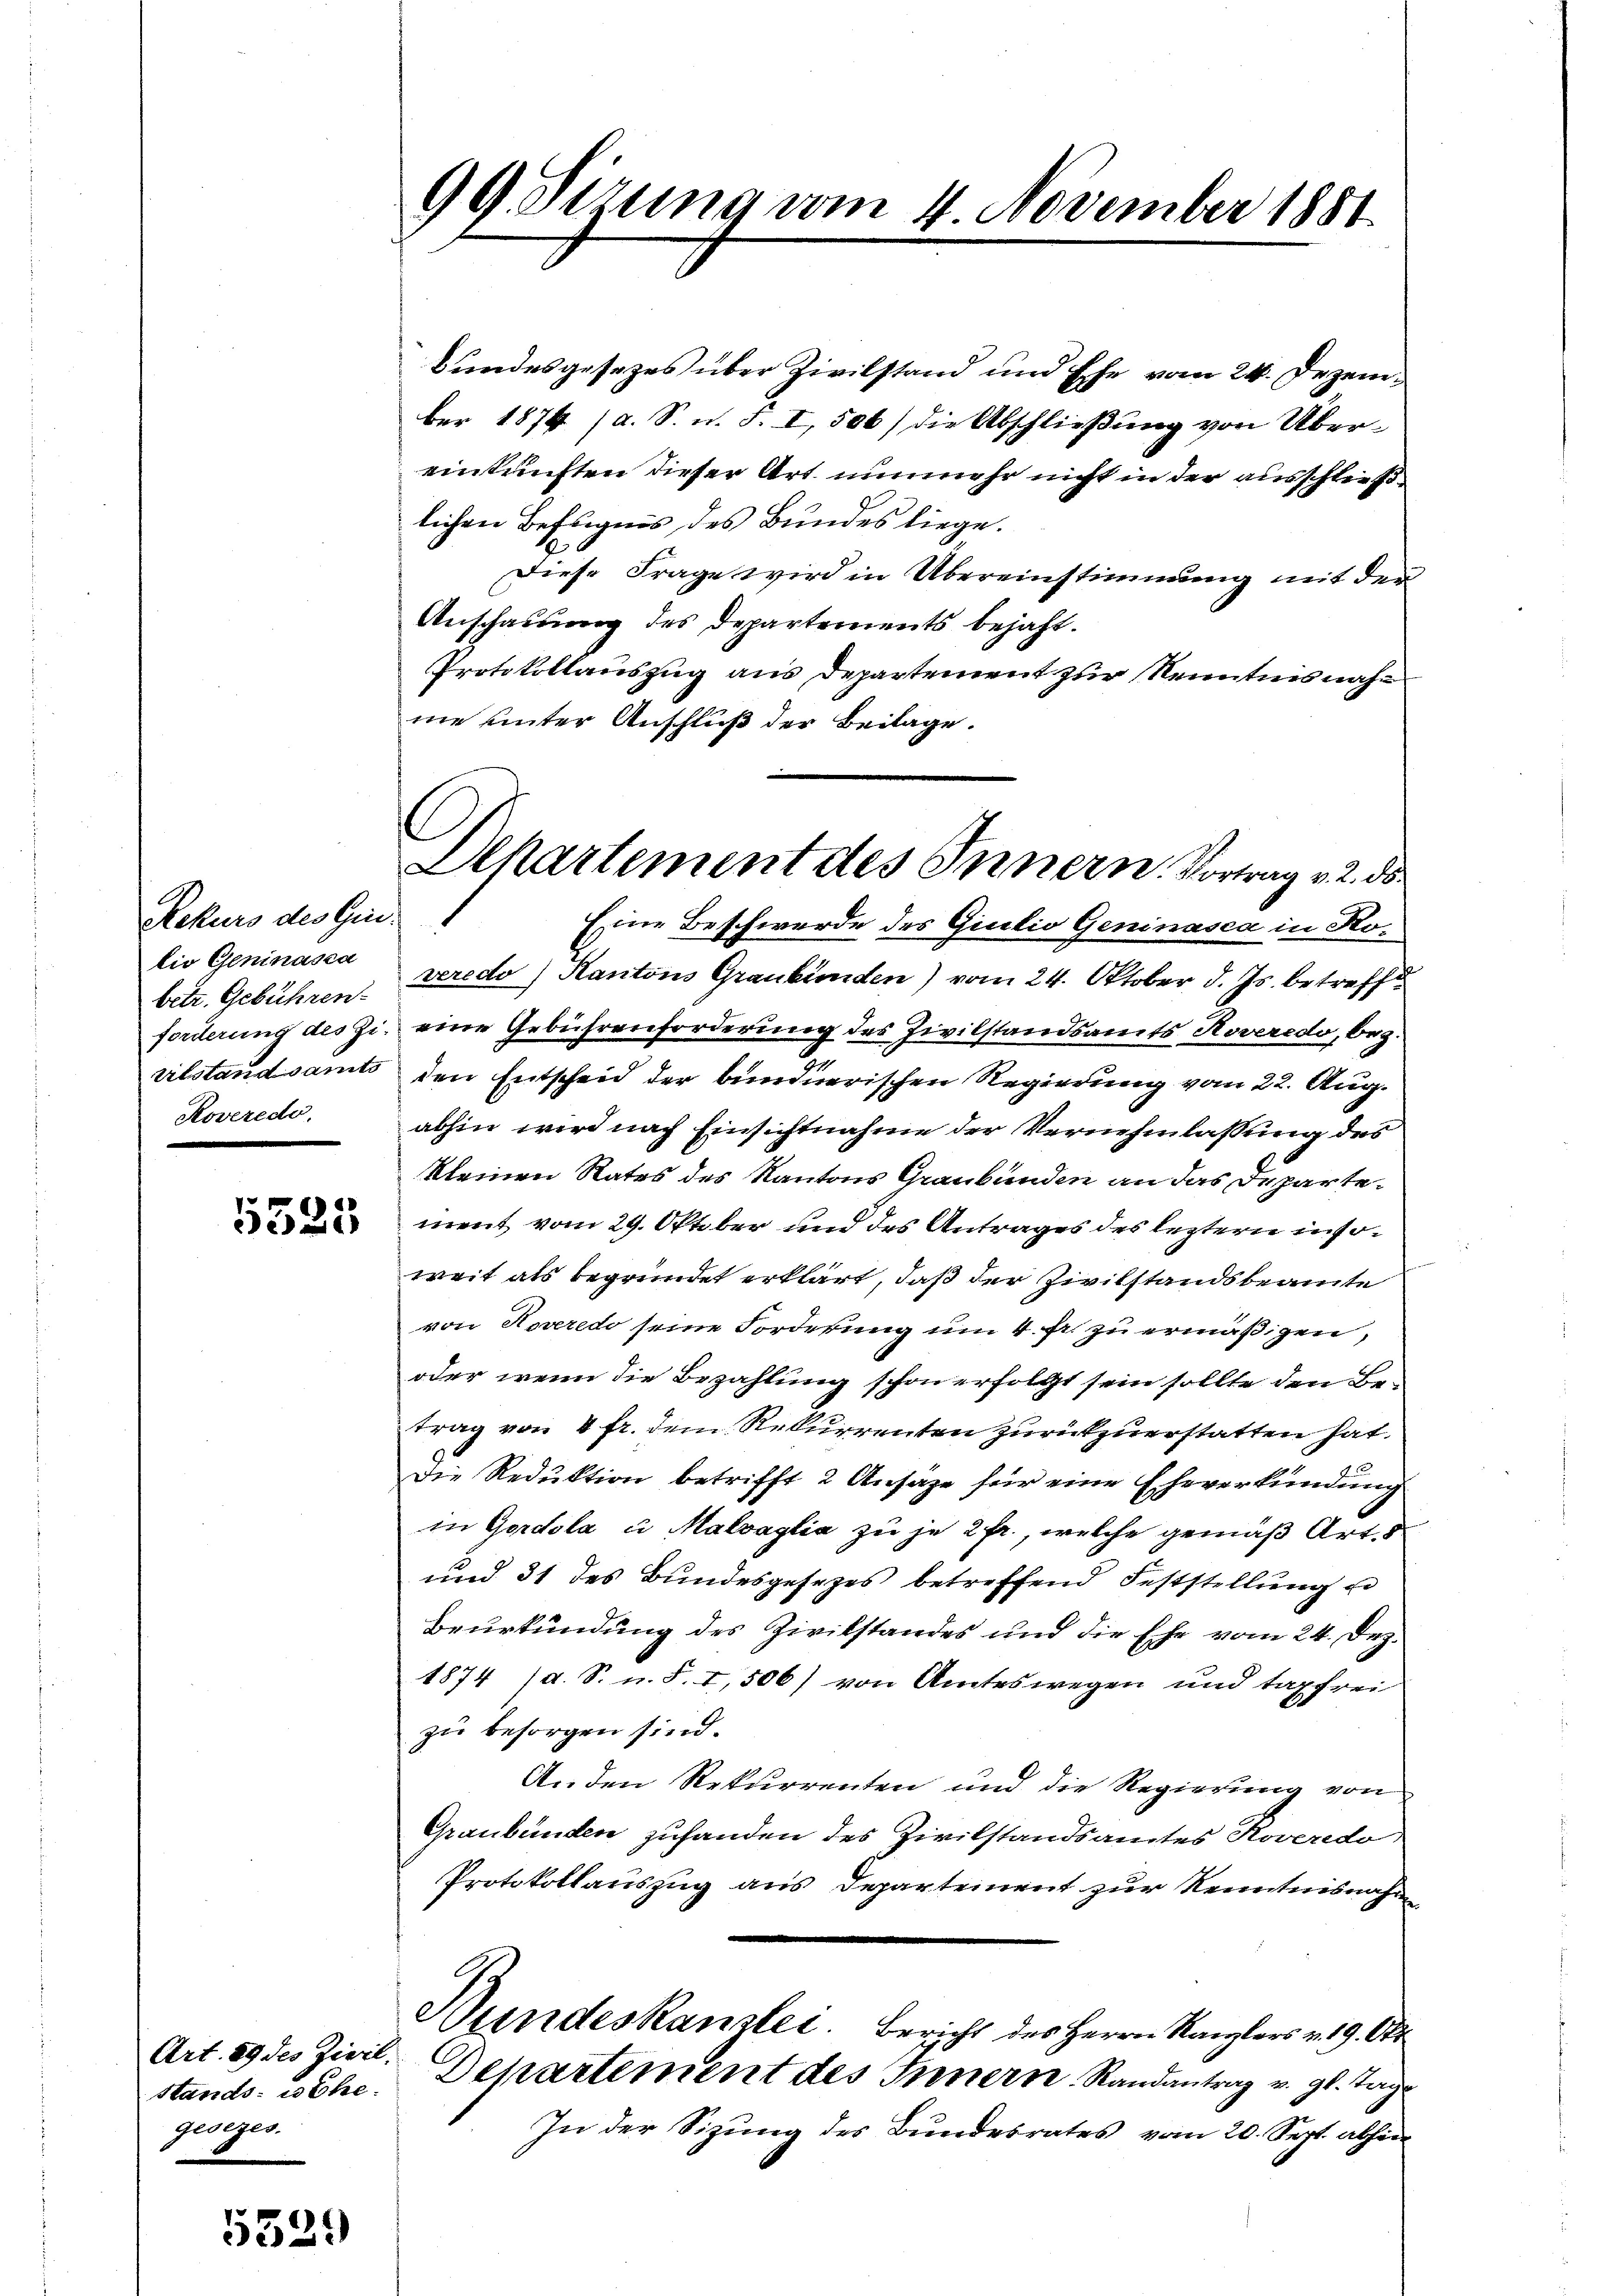
Rekurs des Gin.
lio Geninasca
betr. Gebühren.
forderung des Zi-
ertstandsamts
Koveredo,

5525

Art. 89 des Zivil,
Stands- es Ehe.
gesezes.

5529

99. Sirung vom 4 November 1881

bundesgesezes über Zivilstand und Ehe vom 24. Dezember 1874 (a. S. u. S. I, 506/ die Abschließung von Über-
einkunften dieser Art. nunmehr nicht in der ausschließlichen Befugnis des Bundes liege.
Diese Frage wird in Übereinstimmung mit der
Anschauung des Departements bejaht.
Protokollauszug aus Departement zur Kenntnisnahe
ne unter Anschluß der Beilage.
Eine Beschwerde des Giulio Geninasca in Koveredo) Kantons Graubünden) vom 24. Oktober d. Js. betreff
eine Gebührenforderung des Zivilstandsamts Hoveredo, bez.
den Entscheid der bundnerischen Regierung vom 22. Aug.
abhin wird nach Einsichtnahme der Vernehmlassung des
kleinen Rates des Kantons Graubünden an das Departement vom 29. Oktober und des Antrages des leztern insoweit als begründet erklärt, daß der Zivilstandsbeamte
von Noveredo seine Forderung um 4 fr. zu ermäßigen,
oder wenn die Bezahlung schon erfolgt sein sollte den Betrag von 4 fr. dem Rekurrenten zurückzuerstatten hat.
Die Reduktion betrifft 2 Ansage für eine Eheverkündung
in Gordola in Malvaglia zu je 2 fr., welche gemäß Art. 5
und 31 des Bundesgesezes betreffend Feststellung u
Beurkündung des Zivilstandes und die Ehe vom 24. Dez.
1874 /d. S. n. F. I, 500) von Amteswegen und tapfrei
zu besorgen sind.
Anden Rekurrenten und die Regierung von
Graubünden zuhanden des Zivilstandsamtes Roveredo
Protokollauszug aus Departement zur Kenntnisnahm
Wundeskanzlei. Bericht des Herrn Kanzlers v. 19. Okt
Departement des Innern Randantrag v. gl. Tag¬
In der Sizung des Bundesrates vom 20. Sept. abhin

.
Departement des Innern. Vortrag v. 2. ds